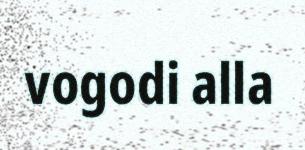
vogodi alla